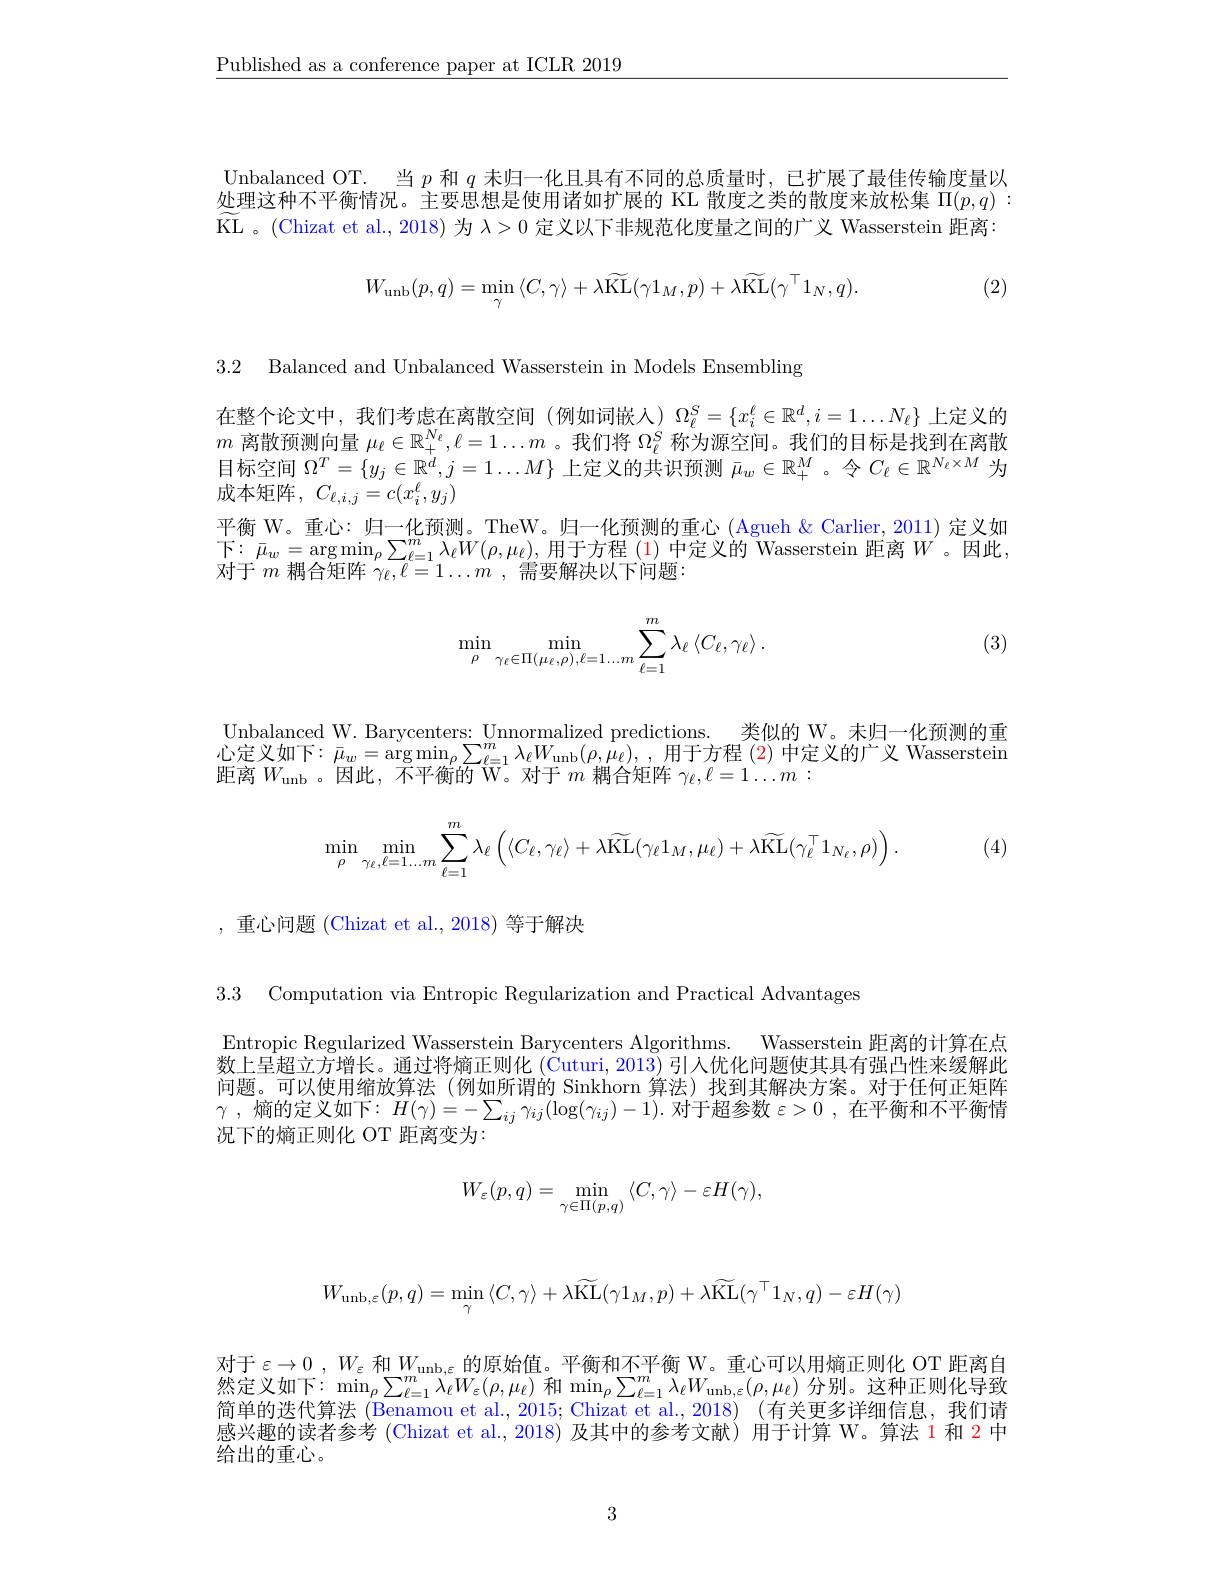
$\underline{\text{Published as a conference paper at ICLR 2019}}$

Unbalanced OT. 当$p$和$q$未归一化且具有不同的总质量时，已扩展了最佳传输度量以处理这种不平衡情况。主要思想是使用诸如扩展的 KL 散度之类的散度来放松集$\Pi(p,q):$ KL 。( Chizat et al. , 2018) 为 $\lambda > 0$定义以下非规范化度量之间的广义 Wasserstein 距离：

(2)
$$W_{\mathrm{unb}}(p,q)=\min_{\gamma}\langle C,\gamma\rangle+\lambda\widetilde{\mathrm{KL}}(\gamma1_{M},p)+\lambda\widetilde{\mathrm{KL}}(\gamma^{\top}1_{N},q).$$
3.2 Balanced and Unbalanced Wasserstein in Models Ensembling

在整个论文中，我们考虑在离散空间(例如词嵌人)$\Omega_\ell^S=\{x_i^\ell\in\mathbb{R}^d,i=1\ldots N_\ell\}$上定义的$m$离散预测向量$\mu_\ell\in\mathbb{R}_+^{N_\ell},\ell=1\ldots m$ 。我们将$\Omega_\ell^S$称为源空间。我们的目标是找到在离散目标空间$\Omega^T=\{y_j\in\mathbb{R}^d,j=1\ldots M\}$上定义的共识预测$\bar{\mu}_w\in\mathbb{R}_+^M$。令$C_\ell\in\mathbb{R}^{N_\ell\times M}$为成本矩阵，$C_{\ell,i,j}=c(x_i^\ell,y_j)$
平衡 W。重心：归一化预测。TheW。归一化预测的重心 (Agueh &Carlier, 2011) 定义如$\begin{array}{l}{\text{下：}\bar{\mu}_{w}=\arg\min_{\rho}\sum_{\ell=1}^{m}\lambda_{\ell}W(\rho,\mu_{\ell}),\text{用于方程 }(1)\text{ 中定义的 Wasserstein 距离 }W^{\prime}\text{。因此，}}\\{\text{对于 }m\text{ 耦合矩阵 }\gamma_{\ell},\ell=1\ldots m\mathrm{~,~需要解决以下问题：}}\end{array}$

(3)
$$\min\limits_{\rho}\min\limits_{\gamma_{\ell}\in\Pi(\mu_{\ell},\rho),\ell=1...m}\sum\limits_{\ell=1}^{m}\lambda_{\ell}\left\langle C_{\ell},\gamma_{\ell}\right\rangle.$$
Unbalanced W. Barycenters: Unnormalized predictions. 类似的 W。未归一化预测的重oinbaanceu w. Daiycences. oinorinazed pleductions. 心 定 义 如 下 : $\bar{\mu } _{w}= \arg \min _{\rho }\sum _{\ell = 1}^{m}\lambda _{\ell }W_{\mathrm{unb}}( \rho , \mu _{\ell }) $, ,用 于 方 程 (2) 中 定 义 的 广 义 Wasserstein 正 定 义 如 下 : $\bar{\mu } _{w}= \arg \min _{\rho }\sum _{\ell = 1}^{m}\lambda _{\ell }W_{\mathrm{unb}}( \rho , \mu _{\ell }) $, , 用 于 方 程 (2) 中 定 义 的 广 义 Wasserstein 距离$W_\mathrm{unb}$。因此，不平衡的 W。对于$m$耦合矩阵$\gamma_\ell,\ell=1\ldots m:$
$$\min\limits_{\rho}\min\limits_{\gamma_\ell,\ell=1\dots m}\sum\limits_{\ell=1}^m\lambda_\ell\left(\langle C_\ell,\gamma_\ell\rangle+\lambda\widetilde{\mathrm{KL}}(\gamma_\ell1_M,\mu_\ell)+\lambda\widetilde{\mathrm{KL}}(\gamma_\ell^\top1_{N_\ell},\rho)\right).$$
(4)

,重心问题 (Chizat et al.,2018) 等于解决

3.3 Computation via Entropic Regularization and Practical Advantages

Entropic Regularized Wasserstein Barycenters Algorithms. Wasserstein 距离的计算在点数上呈超立方增长。通过将熵正则化 (Cuturi, 2013) 引人优化问题使其具有强凸性来缓解此问题。可以使用缩放算法(例如所谓的 Sinkhorn 算法)找到其解决方案。对于任何正矩阵$\gamma$ ,熵的定义如下$:H(\gamma)=-\sum_ij\gamma_{ij}(\log(\gamma_{ij})-1).$ 对于超参数 $\varepsilon>0$ ,在平衡和不平衡情况下的熵正则化 OT 距离变为：
$$W_{\varepsilon}(p,q)=\min_{\gamma\in\Pi(p,q)}\langle C,\gamma\rangle-\varepsilon H(\gamma),$$
$$W_{\mathrm{unb},\varepsilon}(p,q)=\min_{\gamma}\langle C,\gamma\rangle+\lambda\widetilde{\mathrm{KL}}(\gamma1_{M},p)+\lambda\widetilde{\mathrm{KL}}(\gamma^{\top}1_{N},q)-\varepsilon H(\gamma)$$
对于$\varepsilon\to0,W_{\varepsilon}$和$W_\mathrm{unb,\varepsilon}$的原始值。平衡和不平衡 W。重心可以用熵正则化 OT 距离自然定义如下：$\min_\rho\sum_{\ell=1}^m\lambda_\ell W_\varepsilon(\rho,\mu_\ell)$ 和$\min_\rho\sum_{\ell=1}^m\lambda_\ell W_\mathrm{unb,\varepsilon}(\rho,\mu_\ell)$ 分别。这种正则化导致简单的迭代算法 (Benamou et al., 2015; Chizat et al., 2018) (有关更多详细信息，我们请感兴趣的读者参考 (Chizat et al.,2018) 及其中的参考文献) 用于计算 W。算法 1 和 2 中给出的重心。

3